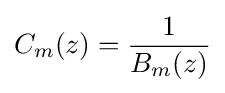
C_{m}(z)={\frac {1}{B_{m}(z)}}